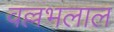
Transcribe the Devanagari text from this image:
वल्लभलाल